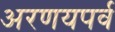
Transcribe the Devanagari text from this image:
अरणयपर्व